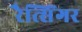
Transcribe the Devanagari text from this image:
रैत्सिंगर